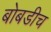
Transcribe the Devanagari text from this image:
बोबडीच